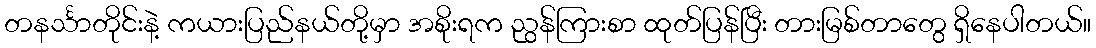
တနင်္သာတိုင်းနဲ့ ကယားပြည်နယ်တို့မှာ အစိုးရက ညွန်ကြားစာ ထုတ်ပြန်ပြီး တားမြစ်တာတွေ ရှိနေပါတယ်။